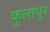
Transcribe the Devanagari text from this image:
कुलाथूर